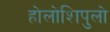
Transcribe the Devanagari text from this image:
होलोशिपुलो